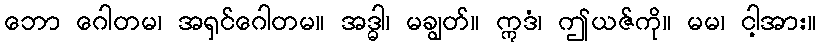
ဘော ဂေါတမ၊ အရှင်ဂေါတမ။ အဒ္ဓါ၊ မချွတ်။ ဣဒံ၊ ဤယဇ်ကို။ မမ၊ ငါ့အား။